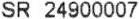
SR 24900007